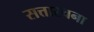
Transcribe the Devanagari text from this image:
सत्तारचना